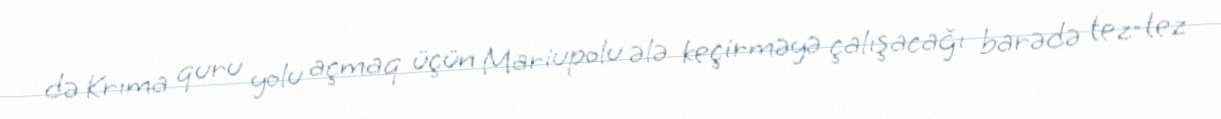
də Krıma quru yolu açmaq üçün Mariupolu ələ keçirməyə çalışacağı barədə tez-tez